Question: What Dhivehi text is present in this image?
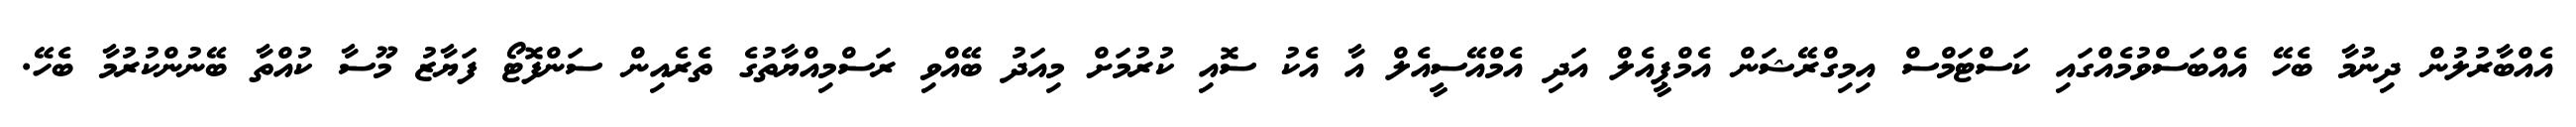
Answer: އެއްބާރުލުން ދިނުމާ ބެހޭ އެއްބަސްވުމެއްގައި ކަސްޓަމްސް އިމިގްރޭޝަން އެމްޕީއެލް އަދި އެމްއޭސީއެލް އާ އެކު ސޮއި ކުރުމަށް މިއަދު ބޭއްވި ރަސްމިއްޔާތުގެ ތެރެއިން ސަންފޮޓޯ ފަޔާޒު މޫސާ ކުއްތާ ބޭނުންކުރުމާ ބެހޭ.